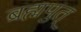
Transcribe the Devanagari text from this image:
ब्रह्मपुत्